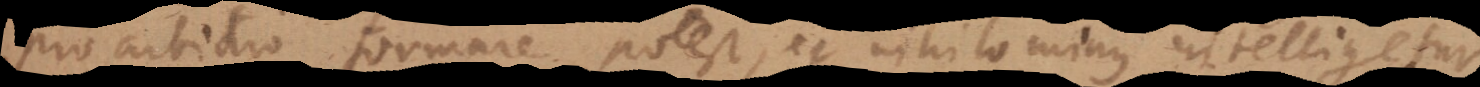
pro arbitrio formare potest, et nihilominus intelligetur